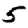
Digit: 5